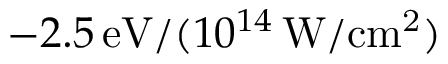
- 2 . 5 \, \mathrm { e V } / ( 1 0 ^ { 1 4 } \, \mathrm { W / c m ^ { 2 } } )